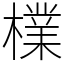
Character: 檏